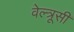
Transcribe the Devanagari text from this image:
वेल्त्रूसी